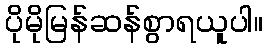
ပိုမိုမြန်ဆန်စွာရယူပါ။